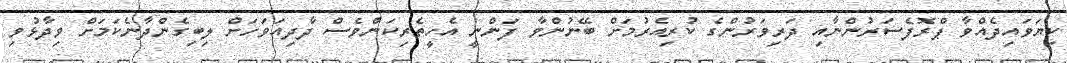
ކިޔަވައިދެއްވާ ޕްރޮފެސަރުންނާއި ދަރިވަރުންގެ ކުރިއެރުމަށް ބޭނުންވާ ފަންނީ އެހީތެރިކަންވެސް ދާދިއަވަހަށް ލިބިގެންދާނެކަމަށް ވިދާޅުވި